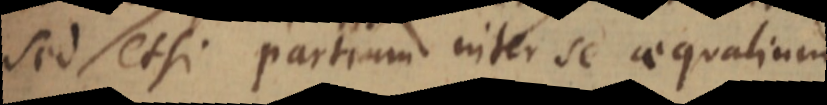
sed etsi partium inter se aequalium